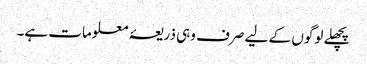
پچھلے لوگوں کے لیے صرف وہی ذریعۂ معلومات ہے۔